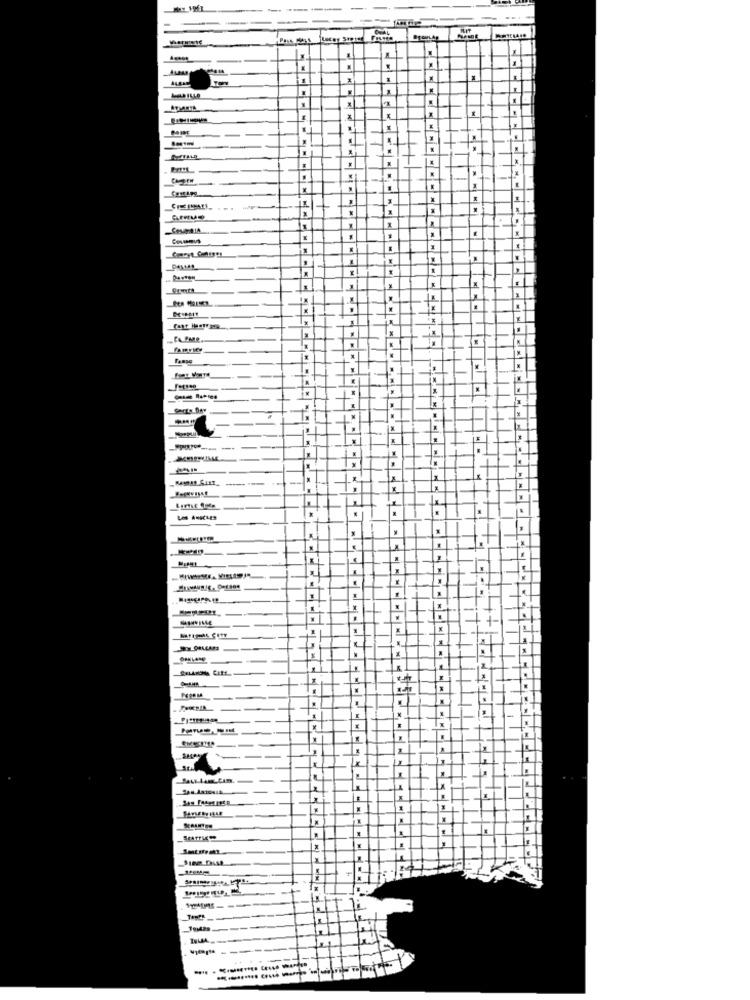
--
CADEN
-.
Costamus
Ix
CAPMR.
1
.
LOS ANGELES
+
-